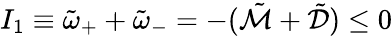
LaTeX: I_{1}\equiv\tilde{\omega}_{+}+\tilde{\omega}_{-}=-(\tilde{\mathcal{M}}+\tilde{\mathcal{D}})\leq 0